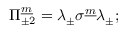
\Pi _ { \pm 2 } ^ { \underline { { m } } } = \lambda _ { \pm } \sigma ^ { \underline { { m } } } \lambda _ { \pm } ;